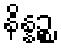
နိန္နဉ္စ